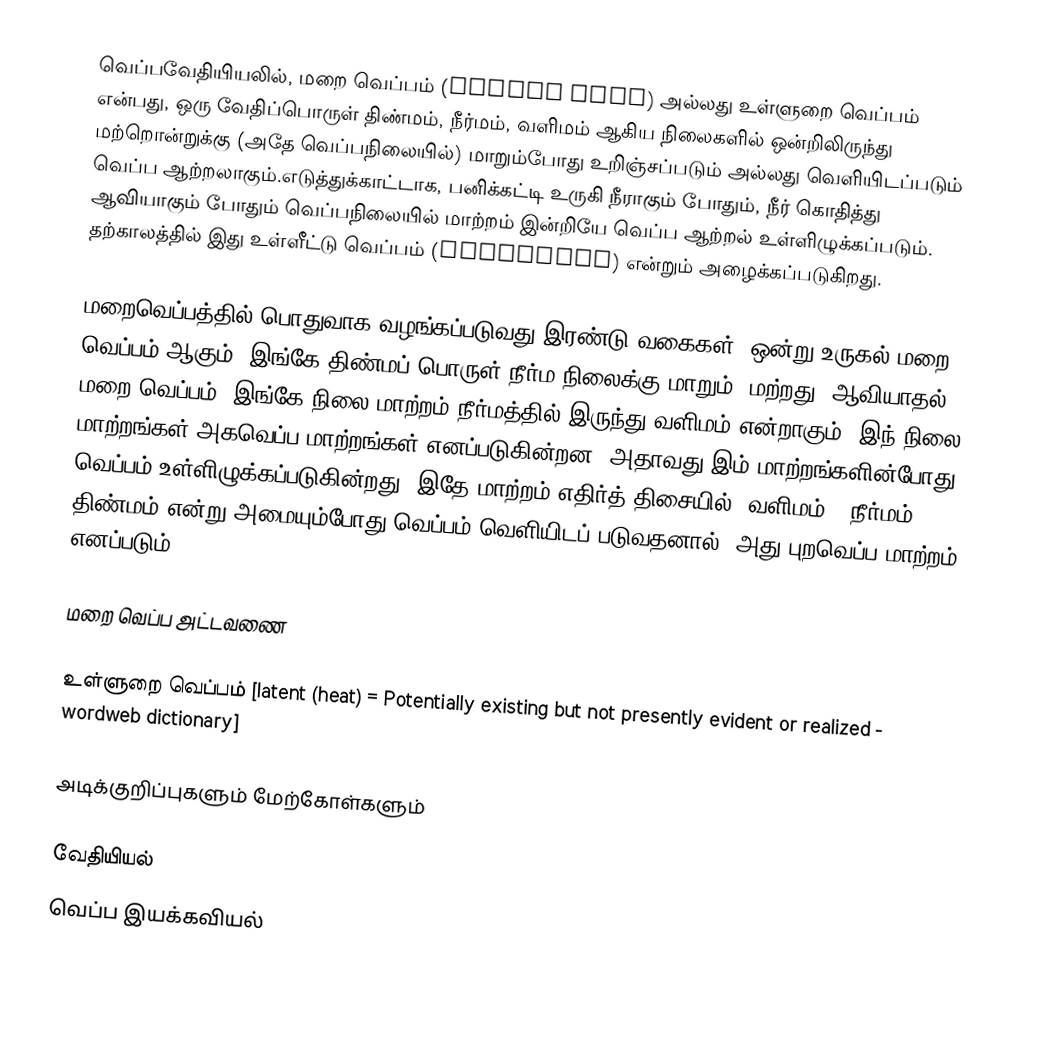
வெப்பவேதியியலில், மறை வெப்பம் (latent heat) அல்லது உள்ளுறை வெப்பம் என்பது, ஒரு வேதிப்பொருள் திண்மம், நீர்மம், வளிமம் ஆகிய நிலைகளில் ஒன்றிலிருந்து மற்றொன்றுக்கு (அதே வெப்பநிலையில்) மாறும்போது உறிஞ்சப்படும் அல்லது வெளியிடப்படும் வெப்ப ஆற்றலாகும்.எடுத்துக்காட்டாக, பனிக்கட்டி உருகி நீராகும் போதும், நீர் கொதித்து ஆவியாகும் போதும் வெப்பநிலையில் மாற்றம் இன்றியே வெப்ப ஆற்றல் உள்ளிழுக்கப்படும். தற்காலத்தில் இது உள்ளீட்டு வெப்பம் (enthalphy) என்றும் அழைக்கப்படுகிறது.

மறைவெப்பத்தில் பொதுவாக வழங்கப்படுவது இரண்டு வகைகள். ஒன்று உருகல் மறை வெப்பம் ஆகும்; இங்கே திண்மப் பொருள் நீர்ம நிலைக்கு மாறும். மற்றது, ஆவியாதல் மறை வெப்பம்; இங்கே நிலை மாற்றம் நீர்மத்தில் இருந்து வளிமம் என்றாகும். இந் நிலை மாற்றங்கள் அகவெப்ப மாற்றங்கள் எனப்படுகின்றன. அதாவது இம் மாற்றங்களின்போது வெப்பம் உள்ளிழுக்கப்படுகின்றது. இதே மாற்றம் எதிர்த் திசையில்: வளிமம் → நீர்மம் → திண்மம் என்று அமையும்போது வெப்பம் வெளியிடப் படுவதனால், அது புறவெப்ப மாற்றம் எனப்படும்.

மறை வெப்ப அட்டவணை

உள்ளுறை வெப்பம் [latent (heat) = Potentially existing but not presently evident or realized - wordweb dictionary]

அடிக்குறிப்புகளும் மேற்கோள்களும்

வேதியியல்
வெப்ப இயக்கவியல்